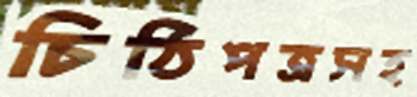
চিঠিপত্রসহ